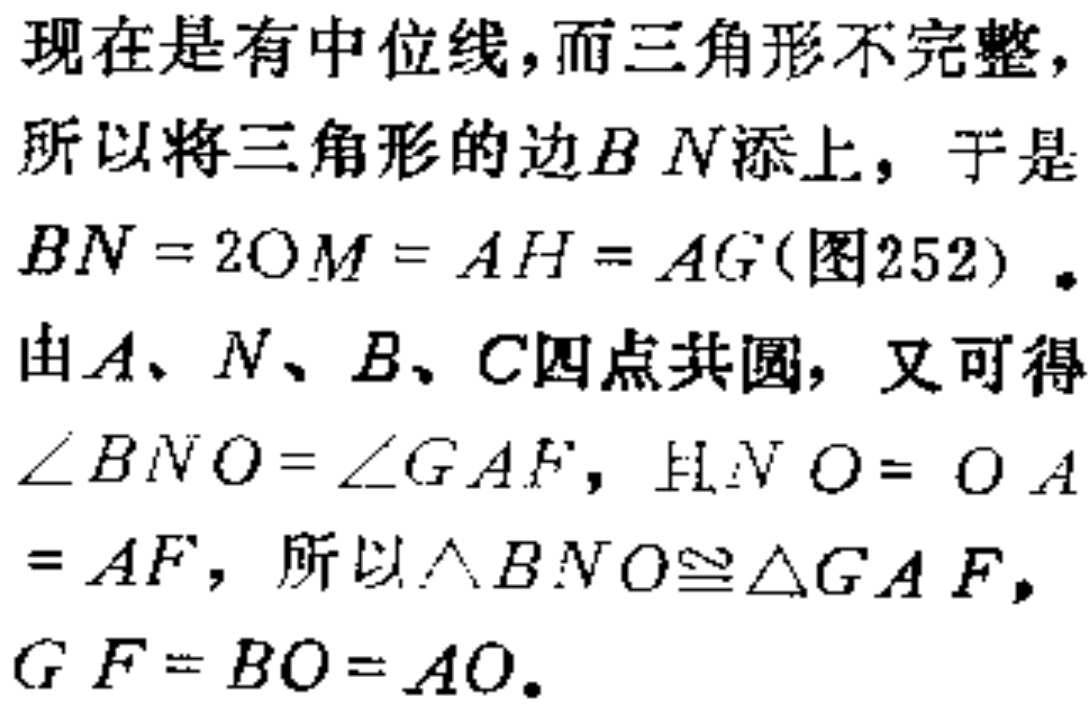
现在是有中位线,而三角形不完整,
所以将三角形的边$BN$添上, 于是
$BN = 2OM = AH = AG$(图252)。
由$A、N、B、C$四点共圆, 又可得
$\angle BNO=\angle GAF$, 且$NO = OA$
$= AF$, 所以$\triangle BNO\cong\triangle GAF$,
$GF = BO = AO$.